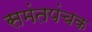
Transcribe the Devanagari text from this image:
समंतपंचक